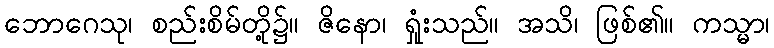
ဘောဂေသု၊ စည်းစိမ်တို့၌။ ဇိနော၊ ရှုံးသည်။ အသိ၊ ဖြစ်၏။ ကသ္မာ၊